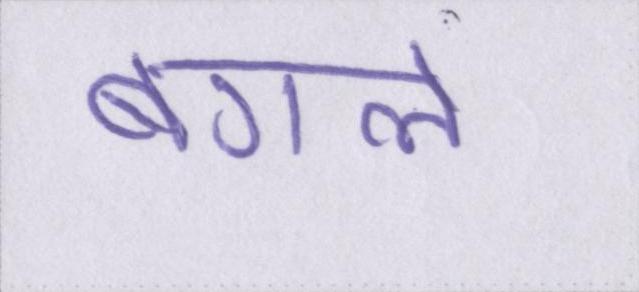
बगले